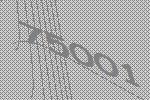
75001